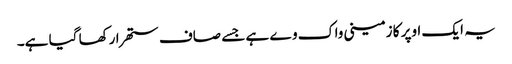
یہ ایک اوپر کا زمینی واک وے ہے جسے صاف ستھرا رکھا گیا ہے۔